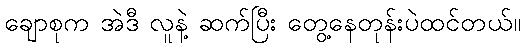
ချောစုက အဲဒီ လူနဲ့ ဆက်ပြီး တွေ့နေတုန်းပဲထင်တယ်။